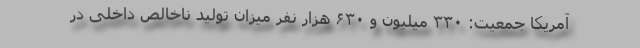
آمریکا جمعیت: ۳۳۰ میلیون و ۶۳۰ هزار نفر میزان تولید ناخالص داخلی در